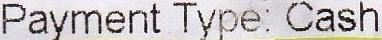
PAYMENT TYPE: CASH